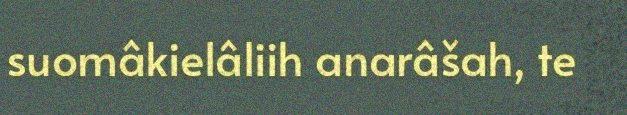
suomâkielâliih anarâšah, te